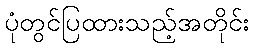
ပုံတွင်ပြထားသည့်အတိုင်း